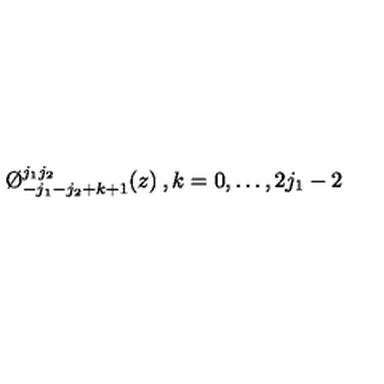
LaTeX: \O _ { - j _ { 1 } - j _ { 2 } + k + 1 } ^ { j _ { 1 } j _ { 2 } } ( z ) \: , k = 0 , \dots , 2 j _ { 1 } - 2